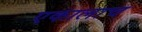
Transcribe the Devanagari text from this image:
एकालाच